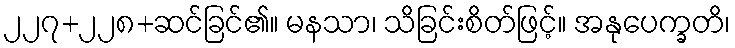
၂၂၇+၂၂၈+ဆင်ခြင်၏။ မနသာ၊ သိခြင်းစိတ်ဖြင့်။ အနုပေက္ခတိ၊